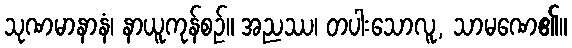
သုဏမာနာနံ၊ နာယူကုန်စဉ်။ အညဿ၊ တပါးသောလူ, သာမဏေ၏။